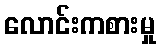
လောင်းကစားမှု